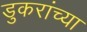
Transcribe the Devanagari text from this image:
डुकरांच्या